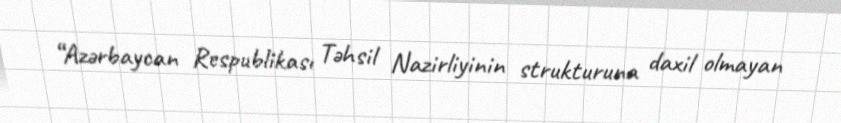
“Azərbaycan Respublikası Təhsil Nazirliyinin strukturuna daxil olmayan